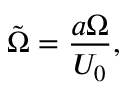
\Tilde { \Omega } = \frac { a \Omega } { U _ { 0 } } ,